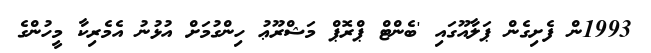
1993ން ފެށިގެން ޕަލާއޫގައި 'ބެންޓް ޕްރޮޕް މަޝްރޫޢު ހިންގުމަށް އުޅުނު އެމެރިކާ މީހުންގެ